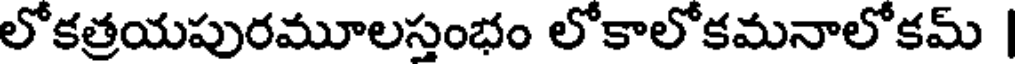
లోకత్రయపురమూలస్తంభం లోకాలోకమనాలోకమ్ |